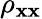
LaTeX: \rho_{\mathbf{x}\mathbf{x}}